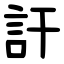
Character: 訐